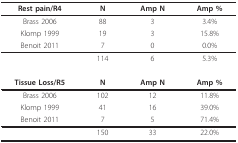
<table><thead><tr><td><b>Rest pain/R4</b></td><td><b>N</b></td><td><b>Amp N</b></td><td><b>Amp %</b></td></tr></thead><tbody><tr><td>Brass 2006</td><td>88</td><td>3</td><td>3.4%</td></tr><tr><td>Klomp 1999</td><td>19</td><td>3</td><td>15.8%</td></tr><tr><td>Benoit 2011</td><td>7</td><td>0</td><td>0.0%</td></tr><tr><td></td><td>114</td><td>6</td><td>5.3%</td></tr><tr><td><b>Tissue Loss/R5</b></td><td><b>N</b></td><td><b>Amp N</b></td><td><b>Amp %</b></td></tr><tr><td>Brass 2006</td><td>102</td><td>12</td><td>11.8%</td></tr><tr><td>Klomp 1999</td><td>41</td><td>16</td><td>39.0%</td></tr><tr><td>Benoit 2011</td><td>7</td><td>5</td><td>71.4%</td></tr><tr><td></td><td>150</td><td>33</td><td>22.0%</td></tr></tbody></table>